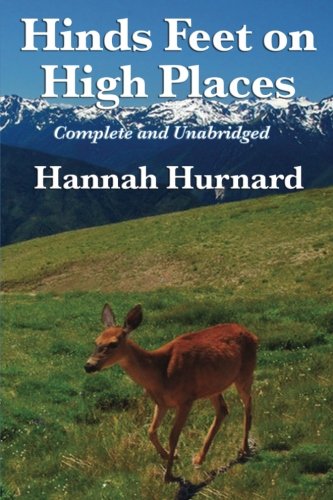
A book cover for Hinds Feet On High Places; Hannah Hurnard; Literature & Fiction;